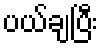
ပယ်ချပြီး